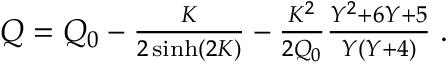
\begin{array} { r } { Q = Q _ { 0 } - \frac { K } { 2 \sinh ( 2 K ) } - \frac { K ^ { 2 } } { 2 Q _ { 0 } } \frac { Y ^ { 2 } + 6 Y + 5 } { Y ( Y + 4 ) } \; . } \end{array}